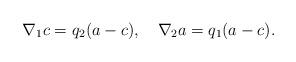
LaTeX: \begin{align*} \nabla_{1}c=q_{2}(a-c),\ \ \ \nabla_{2}a=q_{1}(a-c).\end{align*}